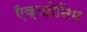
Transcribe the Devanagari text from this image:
ऍक्ज़ोनिम